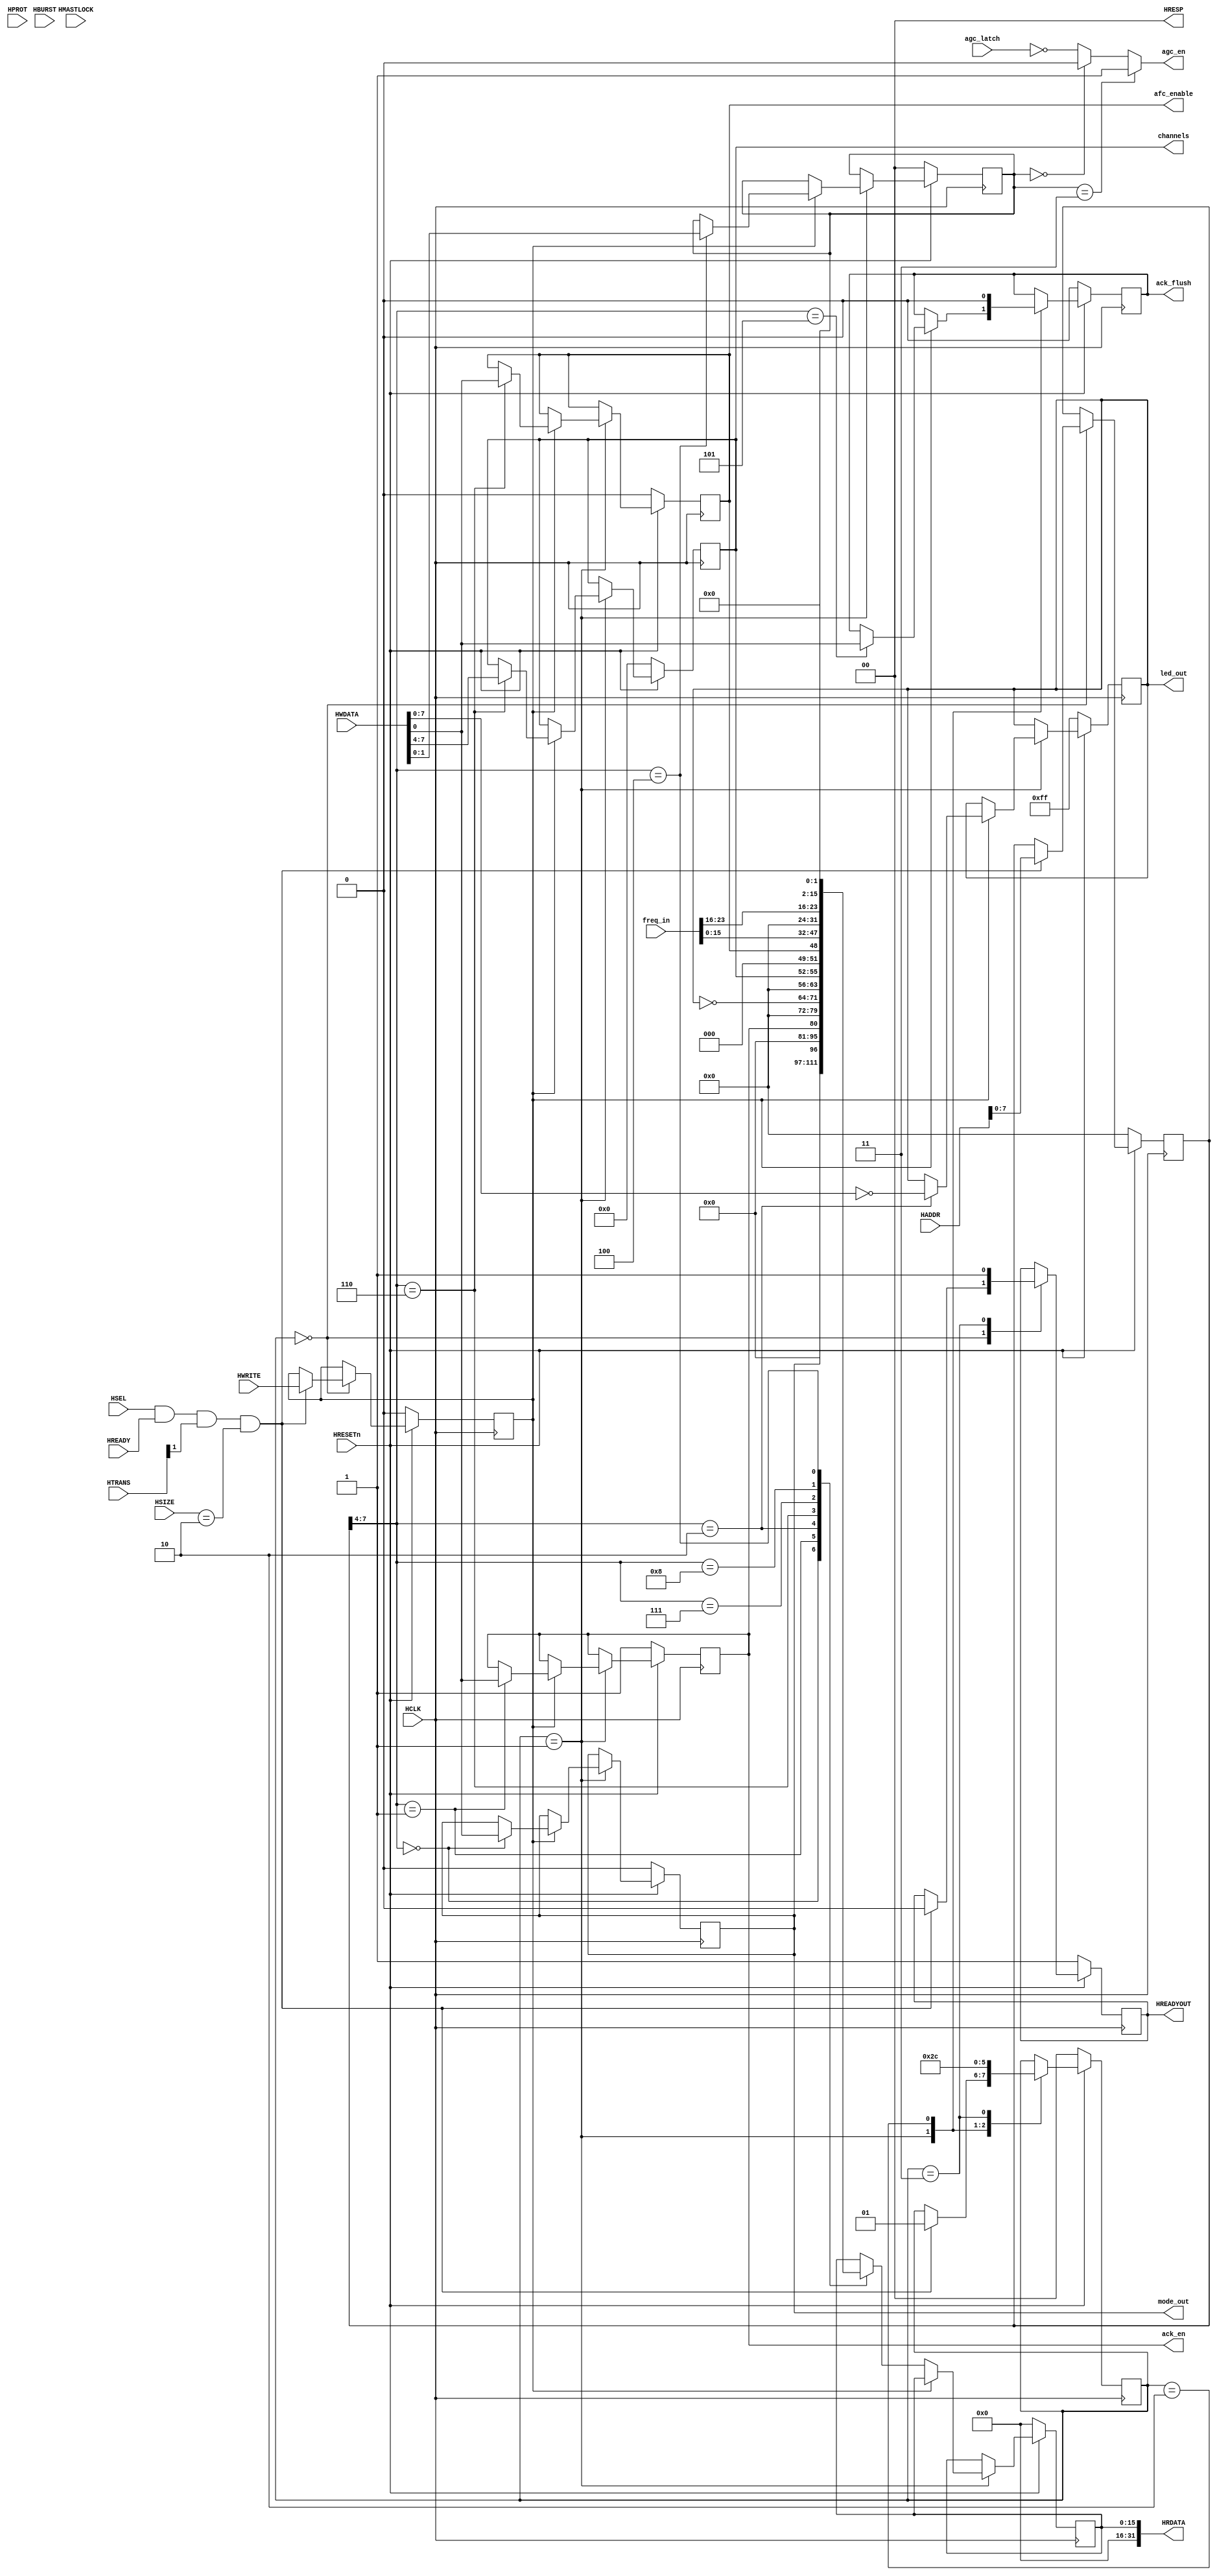
/*
 * "Copyright (c) 2010-2011 The Regents of the University of Michigan.
 * All rights reserved.
 *
 * Redistribution and use in source and binary forms, with or without
 * modification, are permitted provided that the following conditions
 * are met:
 *
 * - Redistributions of source code must retain the above copyright
 *   notice, this list of conditions and the following disclaimer.
 * - Redistributions in binary form must reproduce the above copyright
 *   notice, this list of conditions and the following disclaimer in the
 *   documentation and/or other materials provided with the
 *   distribution.
 * - Neither the name of the copyright holders nor the names of
 *   its contributors may be used to endorse or promote products derived
 *   from this software without specific prior written permission.
 *
 * THIS SOFTWARE IS PROVIDED BY THE COPYRIGHT HOLDERS AND CONTRIBUTORS
 * "AS IS" AND ANY EXPRESS OR IMPLIED WARRANTIES, INCLUDING, BUT NOT
 * LIMITED TO, THE IMPLIED WARRANTIES OF MERCHANTABILITY AND FITNESS
 * FOR A PARTICULAR PURPOSE ARE DISCLAIMED.  IN NO EVENT SHALL THE
 * COPYRIGHT HOLDER OR CONTRIBUTORS BE LIABLE FOR ANY DIRECT,
 * INDIRECT, INCIDENTAL, SPECIAL, EXEMPLARY, OR CONSEQUENTIAL DAMAGES
 * (INCLUDING, BUT NOT LIMITED TO, PROCUREMENT OF SUBSTITUTE GOODS OR
 * SERVICES; LOSS OF USE, DATA, OR PROFITS; OR BUSINESS INTERRUPTION)
 * HOWEVER CAUSED AND ON ANY THEORY OF LIABILITY, WHETHER IN CONTRACT,
 * STRICT LIABILITY, OR TORT (INCLUDING NEGLIGENCE OR OTHERWISE)
 * ARISING IN ANY WAY OUT OF THE USE OF THIS SOFTWARE, EVEN IF ADVISED
 * OF THE POSSIBILITY OF SUCH DAMAGE.
 */

/*
 * @author Ye-Sheng Kuo <samkuo@eecs.umich.edu>
 */

module radio_ctl( 	HSEL, HADDR, HWRITE, HSIZE, HBURST, HPROT, HTRANS, 
					HMASTLOCK, HREADY, HWDATA, HRESETn, HCLK,
					HREADYOUT, HRESP, HRDATA, mode_out, ack_en, led_out, agc_latch, agc_en,
					ack_flush, afc_enable, channels, freq_in);

// IOs for AHB bus
input 			HSEL, HWRITE, HMASTLOCK, HREADY, HRESETn, HCLK;
input 	[31:0] 	HADDR, HWDATA;
input 	[2:0] 	HSIZE, HBURST;
input 	[3:0] 	HPROT;
input 	[1:0] 	HTRANS;
input			agc_latch;

output 			HREADYOUT;
output 	[1:0] 	HRESP;
output 	[31:0] 	HRDATA;

// IOs for frequency correction
input	[23:0]	freq_in;
output			afc_enable;
output	[3:0]	channels;
reg		[3:0]	channels;
reg				afc_enable;

output			mode_out;
output			ack_en;
output	[7:0]	led_out;
output			agc_en;
output			ack_flush;
reg				ack_flush;

reg				mode_out;
reg				ack_en;
reg		[7:0]	led_out;
wire			agc_en;
reg		[1:0]	agc_mode;

reg				hwrite_reg, hready_reg;
reg		[7:0]	haddr_reg;
reg		[1:0]	fsm;

`define	MODE_TX		1
`define	MODE_RX		0
assign	agc_en = (agc_mode==2'b11)? 1 : (agc_mode==0)? 0 : ~agc_latch;

reg		[15:0]	HRDATA_reg;
assign HRDATA		= {16'b0, HRDATA_reg};
assign HRESP		= 2'b00;
assign HREADYOUT = hready_reg;


always @ (posedge HCLK)
begin
	if (~HRESETn)
	begin
		fsm	    <= 2'b00;
		hwrite_reg  <= 1'b0;
		hready_reg	<= 1;
		HRDATA_reg	<= 0;
		haddr_reg	<= 0;
		mode_out	<= `MODE_RX;
		ack_en		<= 1;
		led_out		<= 8'hff;
		agc_mode	<= 0;
		ack_flush	<= 0;
		channels	<= 0;
		afc_enable	<= 0;
	end
	else
	begin
		case (fsm)
			2'b00:
			begin
				if (HSEL && HREADY && HTRANS[1] && HSIZE==3'b010 )
				begin
					hwrite_reg	<= HWRITE;
					fsm			<= 2'b01;
					hready_reg	<= 0;
					haddr_reg	<= HADDR[7:0];
				end
			end

			2'b01:
			begin
				fsm	<= 2'b10;
				case (hwrite_reg)
					1:
					begin
						case (haddr_reg[7:4])

							4'h1:
							begin
								ack_en <= HWDATA[0];
							end

							4'h2:
							begin
								led_out <= (~HWDATA[7:0]);
							end

							4'h4:
							begin
								agc_mode <= HWDATA[1:0];
							end

							4'h5:
							begin
								ack_flush <= HWDATA[0];
							end

							4'h6:
							begin
								channels <= HWDATA[7:4];
								afc_enable <= HWDATA[0];
							end

							4'h0:
							begin
								mode_out <= HWDATA[0];	// 0000
							end
						endcase
					end
					
					0:	// read
					begin
						case (haddr_reg[7:4])
							4'h0:	// 0000
							begin
								HRDATA_reg <= {15'b0, mode_out};
							end

							4'h1:
							begin
								HRDATA_reg <= {15'b0, ack_en};
							end

							4'h2:
							begin
								HRDATA_reg <=  {8'b0, ~led_out};
							end

							4'h6:
							begin
								HRDATA_reg <= {8'b0, channels, 3'b0, afc_enable};
							end

							4'h7:
							begin
								HRDATA_reg <= freq_in[15:0];
							end

							4'h8:
							begin
								HRDATA_reg <= {8'b0, freq_in[23:16]};
							end


							4'h4:
							begin
								HRDATA_reg <= {14'b0, agc_mode};
							end


						endcase
					end
				endcase
			end

			2'b10:
			begin
				ack_flush <= 0;
				fsm <= 2'b11;
			end

			2'b11:
			begin
				hready_reg <= 1;
				fsm		<= 2'b00;
			end
		endcase
	end
end

endmodule